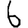
Digit: 6